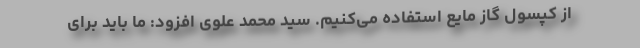
از کپسول گاز مایع استفاده می‌کنیم. سید محمد علوی افزود: ما باید برای